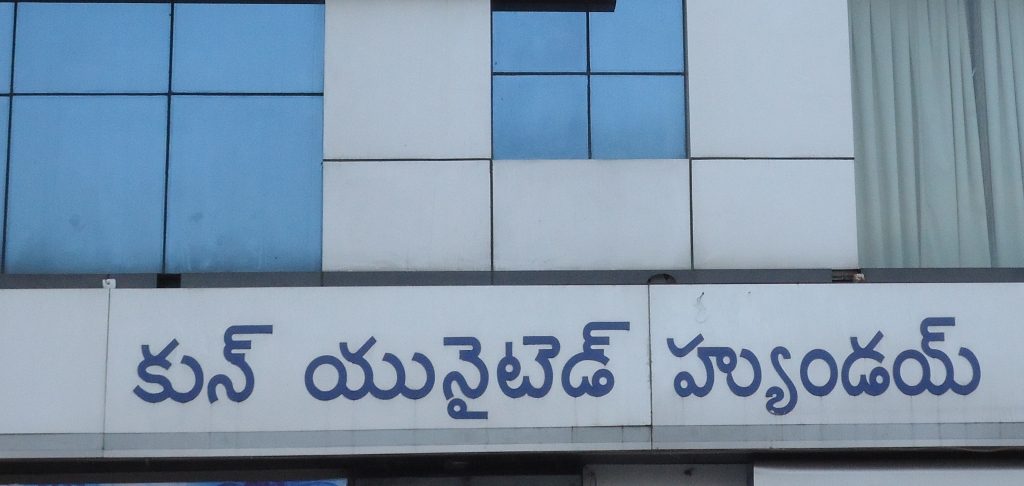
Language: telugu
Transcription: కున్ హ్యుండయ్ యునైటెడ్